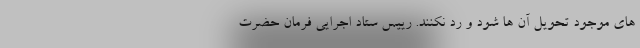
های موجود تحویل آن ها شود و رد نکنند. رییس ستاد اجرایی فرمان حضرت